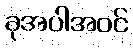
ခုအပါအဝင်